Civil Veterinary Dept. North-West Frontier Province 1923-32 - 1923-1932
Year: 1923
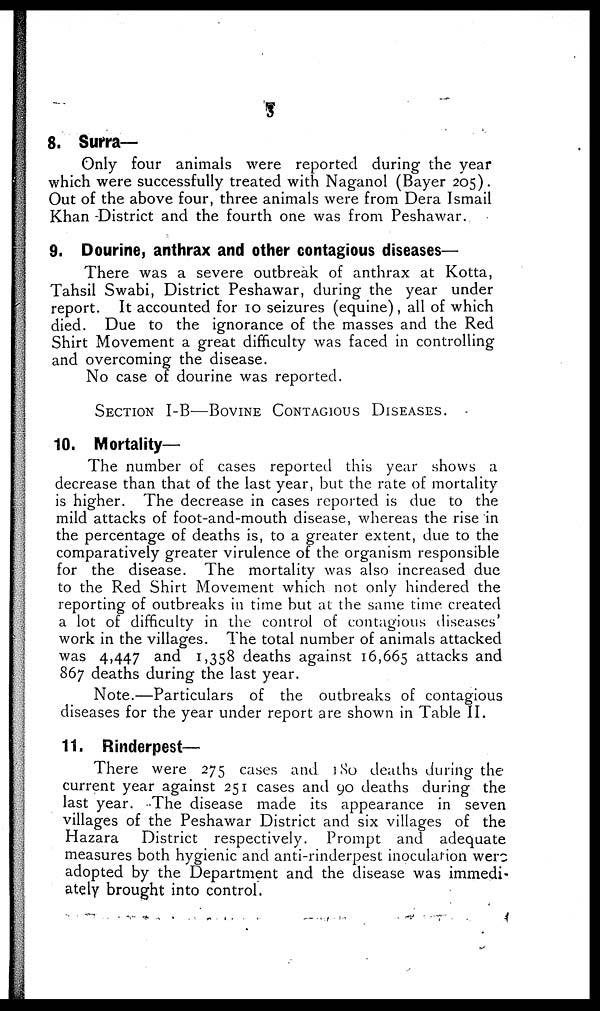
3
8. Surra-
Only four animals were reported during the year
which were successfully treated with Naganol (Bayer 205).
Out of the above four, three animals were from Dera Ismail
Khan -District and the fourth one was from Peshawar.
9. Dourine, anthrax and other contagious diseases—
There was a severe outbreak of anthrax at Kotta,
Tahsil Swabi, District Peshawar, during the year under
report. It accounted for 10 seizures (equine), all of which
died. Due to the ignorance of the masses and the Red
Shirt Movement a great difficulty was faced in controlling
and overcoming the disease.
No case or dourine was reported.
SECTION I-B—BOVINE CONTAGIOUS DISEASES.
10. Mortality—
The number of cases reported this year shows a
decrease than that of the last year, but the rate of mortality
is higher. The decrease in cases reported is due to the
mild attacks of foot-and-mouth disease, whereas the rise in
the percentage of deaths is, to a greater extent, due to the
comparatively greater virulence of the organism responsible
for the disease. The mortality was also increased due
to the Red Shirt Movement which not only hindered the
reporting of outbreaks in time but at the same time created
a lot of difficulty in the control of contagious diseases'
work in the villages. The total number of animals attacked
was 4,447 and 1,358 deaths against 16,665 attacks and
867 deaths during the last year.
Note.—Particulars of the outbreaks of contagious
diseases for the year under report are shown in Table II.
11. Rinderpest—
There were 275 cases and 180 deaths during the
current year against 251 cases and 90 deaths during the
last year. The disease made its appearance in seven
villages of the Peshawar District and six villages of the
Hazara
District respectively. Prompt and adequate
measures both hygienic and anti-rinderpest inoculation were
adopted by the Department and the disease was immedi-
ately brought into control.